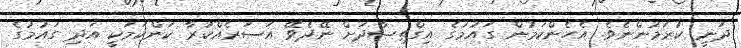
ދަނީ ކުރަމުންނެވެ. އެހެންކަމުން ގައުމުގެ އިގްތިޞާދަށް ނޭދެވޭ އަސަރެއްކުރާ ކަންކަމަކީ އަދި ގައުމުގެ